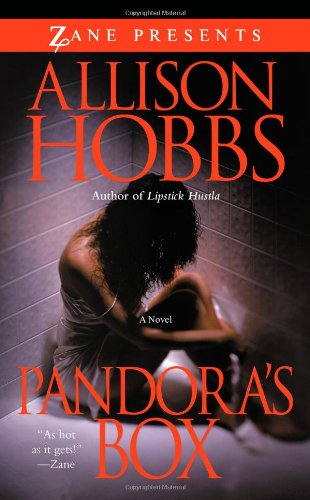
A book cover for Pandora's Box: A Novel (Zane Presents); Allison Hobbs; Romance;